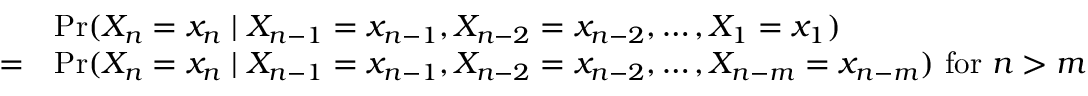
{ \begin{array} { r l } { } & { \operatorname* { P r } ( X _ { n } = x _ { n } \mid X _ { n - 1 } = x _ { n - 1 } , X _ { n - 2 } = x _ { n - 2 } , \dots , X _ { 1 } = x _ { 1 } ) } \\ { = } & { \operatorname* { P r } ( X _ { n } = x _ { n } \mid X _ { n - 1 } = x _ { n - 1 } , X _ { n - 2 } = x _ { n - 2 } , \dots , X _ { n - m } = x _ { n - m } ) { \mathrm { ~ f o r ~ } } n > m } \end{array} }